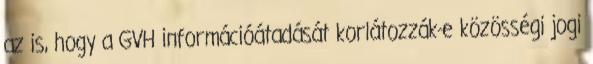
az is, hogy a GVH információátadását korlátozzák-e közösségi jogi